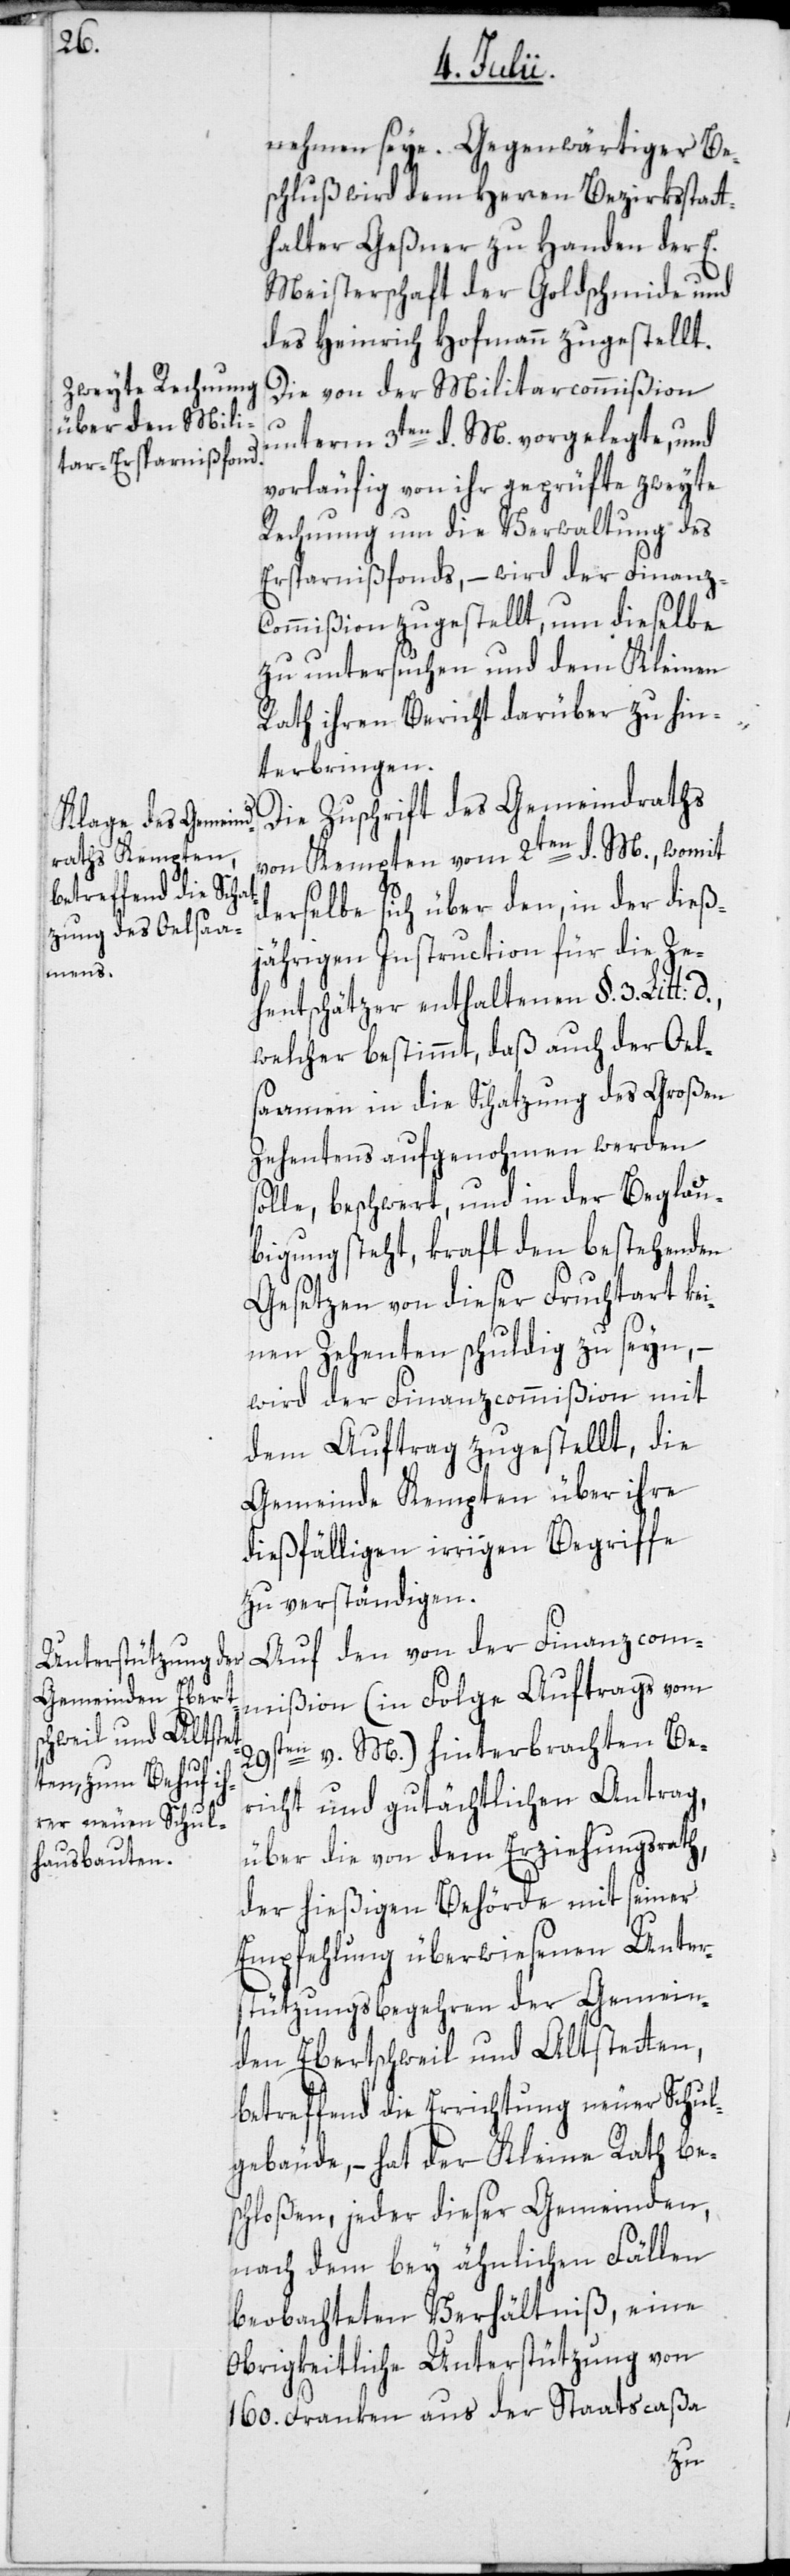
nehmen seye. Gegenwärtiger Be¬
schluß wird dem Herren Bezirksstatt¬
halter Geßner zu Handen der E.
Meisterschaft der Goldschmide und
des Heinrich Hofmann zugestellt.
Die von der Militarcommißion
d.
vorläufig von ihr geprüfte zweyte
Rechnung um die Verwaltung des
Ersparnißfonds, – wird der Finanz-C¬
ommißion zugestellt, um dieselbe
zu untersuchen und dem Kleinen
Rath ihren Bericht darüber zu hin¬
terbringen.
Die Zuschrift des Gemeindraths
von Kempten vom 2ten d. M., womit
derselbe sich über den, in der dieß¬
jährigen Instruction für die Ze¬
hentschätzer enthaltenen §. 3. Litt:
welcher bestimmt, daß auch der Oels¬
aamen in die Schatzung des Großen
Zehentens aufgenohmen werden
solle, beschwert, und in der Beglau¬
bigung steht, kraft den bestehenden
Gesetzen von dieser Fruchtart kei¬
nen Zehenten schuldig zu seyn, –
wird der Finanzcommißion mit
dem Auftrag zugestellt, die
Gemeinde Kempten über ihre
dießfälligen irrigen Begriffe
zu verständigen.
Auf den von der Finanzcom¬
mißion (in Folge Auftrags vom
29sten v. M.) hinterbrachten Be¬
richt und gutächtlichen Antrag,
über die von dem Erziehungsrath,
der hießigen Behörde mit seiner
Empfehlung überwiesenen Unter¬
stützungsbegehren der Gemein¬
den Ebertschweil und Altstetten,
betreffend die Errichtung neuer Schul¬
gebäude, – hat der Kleine Rath be¬
schloßen, jeder dieser Gemeinden,
nach dem bey ähnlichen Fällen
beobachteten Verhältniß, eine
Obrigkeitliche Unterstützung von
160. Franken aus der Staatscaßa